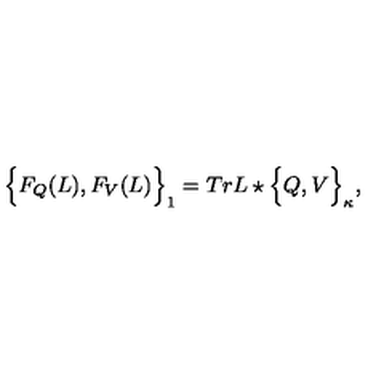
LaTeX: \Big \{ F _ { Q } ( L ) , F _ { V } ( L ) \Big \} _ { 1 } = T r L \star \Big \{ Q , V \Big \} _ { \kappa } , \nonumber \,